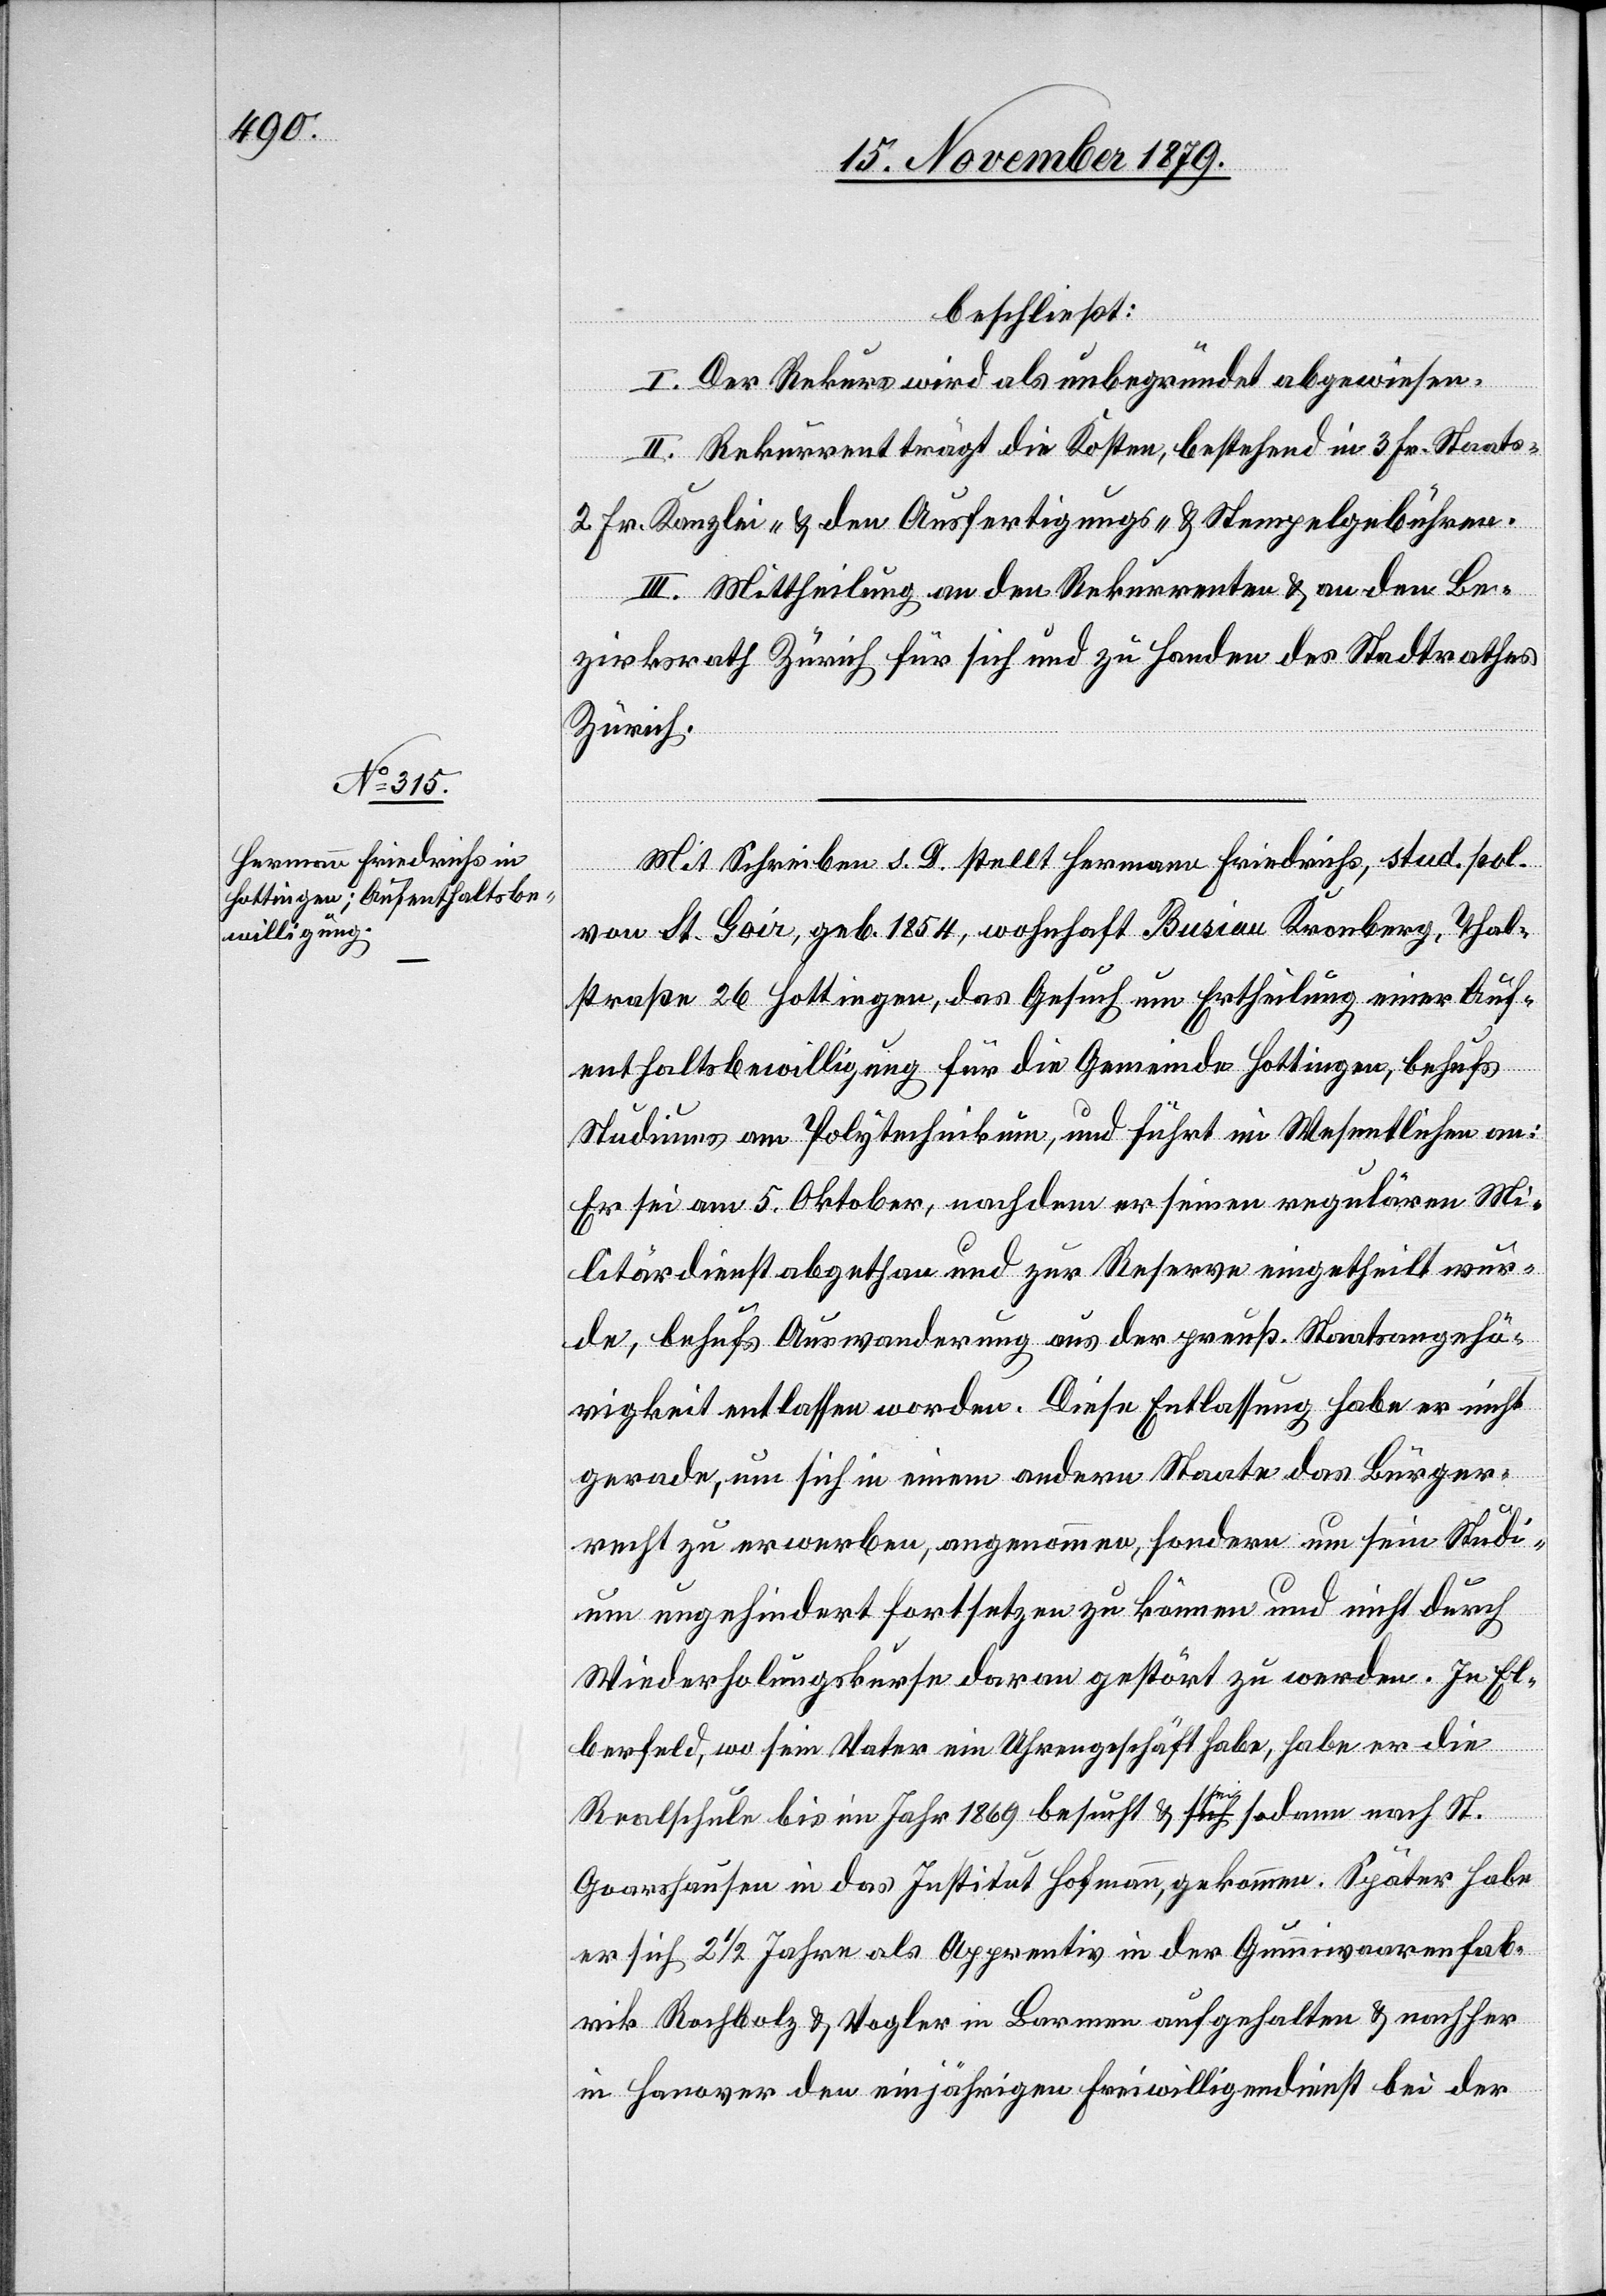
beschließt:
I. Der Rekurs wird als unbegründet abgewiesen.
II. Rekurrent trägt die Kosten, bestehend in 3 Fr. Staats-
2 Fr. Kanzlei- & den Ausfertigungs- & Stempelgebühren.
III. Mittheilung an den Rekurrenten & an den Be¬
zirksrath Zürich für sich und zu Handen des Stadtrathes
Zürich.
Mit Schreiben s. D. stellt Hermann Friedrich, stud. pol.
im¬
von St. Goir, geb. 1854, wohnhaft Busiau Kronberg, Thal¬
straße 26 Hottingen, das Gesuch um Ertheilung einer Auf¬
enthaltsbewilligung für die Gemeinde Hottingen, behufs
Studiums am Polytechnikum, und führt im Wesentlichen an:
Er sei am 5. Oktober, nachdem er seinen regulären Mi¬
litärdienst abgethan und zur Reserve eingetheilt wur¬
de, behufs Auswanderung aus der preuß. Staatsgehö¬
rigkeit entlassen worden. Diese Entlassung habe er nicht
gerade, um sich in einem andern Staate das Bürger¬
recht zu erwerben, angenommen, sondern um sein Stud¬
ium ungehindert fortsetzen zu können und nicht durch
Wiederholungskurse daran gestört zu werden. In El¬
berfeld, wo sein Vater ein Uhrengeschäft habe, habe er die
Realschule bis ins Jahr 1869 besucht & sei sodann nach St.
Goarshausen in das Institut Hofmann, gekommen. später habe
er sich 21/2 Jahre als Apprentiv in der Gummiwaarenfab¬
rik Rochbolz & Vogler in Barmen aufgehalten & nachher
in Hanover den einjährigen Freiwilligendienst bei der